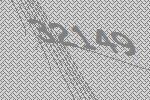
32149